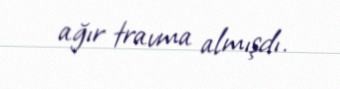
ağır travma almışdı.